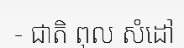
- ជាតិ ពុល សំដៅ